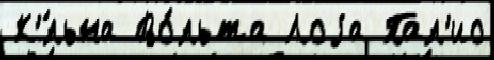
К'́льна Во́льта Лоjа Пал'ио